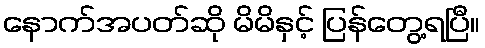
နောက်အပတ်ဆို မိမိနှင့် ပြန်တွေ့ရပြီ။